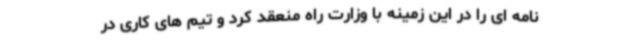
نامه ای را در این زمینه با وزارت راه منعقد کرد و تیم های کاری در